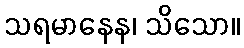
သရမာနေန၊ သိသော။